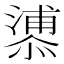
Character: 𪬬